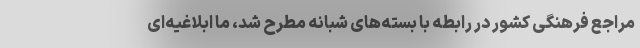
مراجع فرهنگی کشور در رابطه با بسته‌های شبانه مطرح شد، ما ابلاغیه‌ای